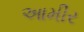
આમીર